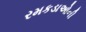
રમકડાઓની